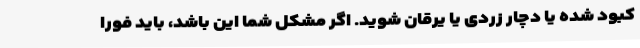
کبود شده یا دچار زردی یا یرقان شوید. اگر مشکل شما این باشد، باید فورا